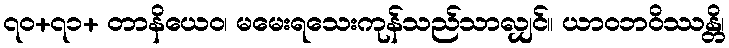
၇၀+၇၁+ တာနိယေဝ၊ မမေးရသေးကုန်သည်သာလျှင်။ ယာဝဘဝိဿန္တိ၊